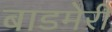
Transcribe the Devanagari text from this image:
बाडमेरी